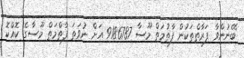
ބޭނުންވާ ފަރާތްތަކުން ފާތުމަތް މޫސާ 9186787 އަށް ނުވަތަ ފާތްމަތް މޫސާގެ ކޮއްކޮ